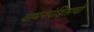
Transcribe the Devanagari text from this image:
वामनपंडिताची